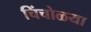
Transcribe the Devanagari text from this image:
चिंचोळया